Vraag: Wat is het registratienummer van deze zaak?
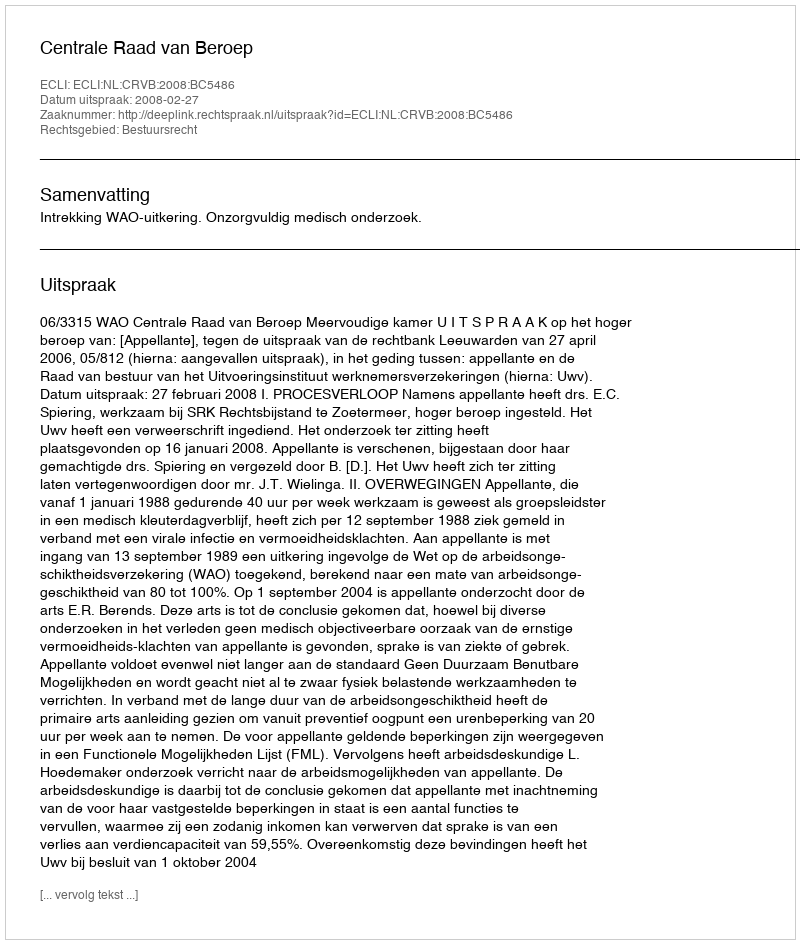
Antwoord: http://deeplink.rechtspraak.nl/uitspraak?id=ECLI:NL:CRVB:2008:BC5486